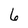
Character: 6